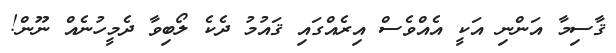
ޤާސިމާ އަންނި އަކީ އެއްވެސް އިރެއްގައި ޤައުމު ދެކެ ލޯބިވާ ދެމީހުނެއް ނޫން!